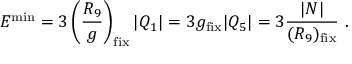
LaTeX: E ^ { \mathrm { m i n } } = 3 \left( { \frac { R _ { 9 } } { g } } \right) _ { \mathrm { f i x } } | Q _ { 1 } | = 3 g _ { \mathrm { f i x } } | Q _ { 5 } | = 3 { \frac { | N | } { ( R _ { 9 } ) _ { \mathrm { f i x } } } } \ .